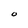
Character: O